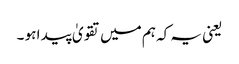
یعنی یہ کہ ہم میں تقویٰ پید ا ہو ۔